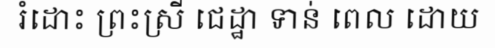
រំដោះ ព្រះស្រី ជេដ្ឋា ទាន់ ពេល ដោយ